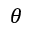
\theta